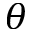
\theta